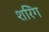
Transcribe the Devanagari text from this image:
शरिंग